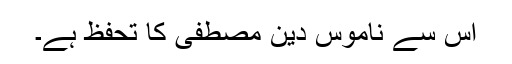
اس سے ناموس دین مصطفی کا تحفظ ہے۔